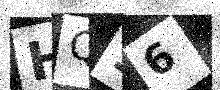
Text: HQ16